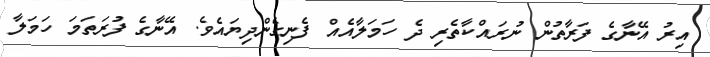
އިރު އޭނާގެ ފަރާތުން ނުރައްކާތެރި ދެ ހަމަލާއެއް ފެނިގެންދިޔައެވެ. އޭނާގެ ފުރަތަމަ ހަމަލާ